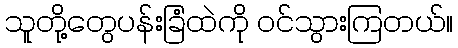
သူတို့တွေပန်းခြံထဲကို ဝင်သွားကြတယ်။